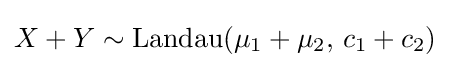
X+Y\sim {\textrm {Landau}}(\mu _{1}+\mu _{2},\,c_{1}+c_{2})